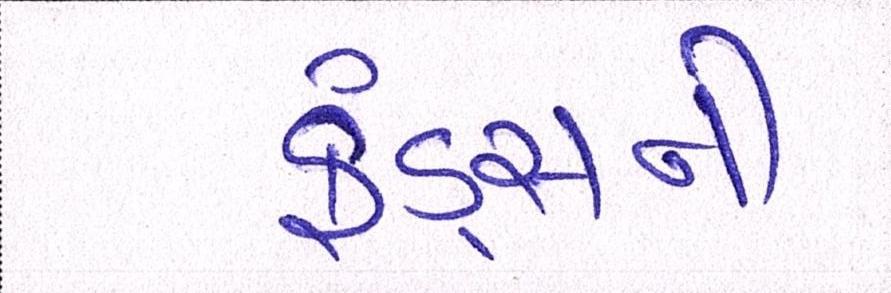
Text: ફંડ્સની